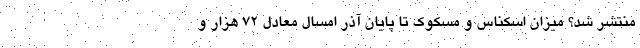
منتشر شد؟ میزان اسکناس و مسکوک تا پایان آذر امسال معادل ۷۲ هزار و